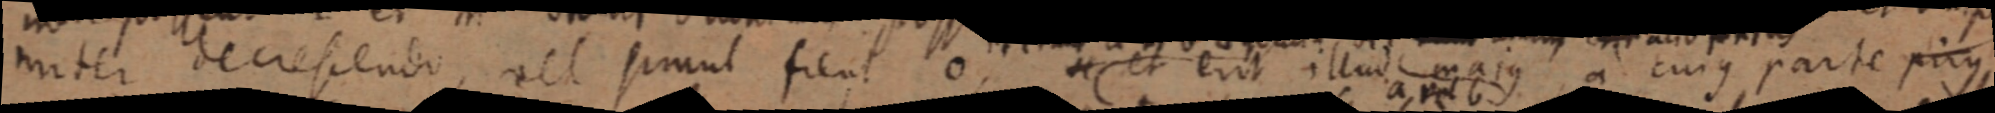
miter decrescenbo, vel simul fient 0 _ et erit illud majus a cujus parte prius